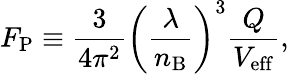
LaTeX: F_{\mathrm{P}}\equiv\frac{3}{4\pi^{2}}\left(\frac{\lambda}{n_{\mathrm{B}}}\right)^{3}\frac{Q}{V_{\mathrm{eff}}},